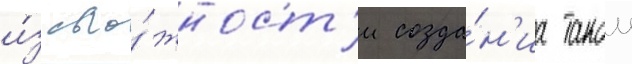
и́з сло́жност'и созда́н'иа такои